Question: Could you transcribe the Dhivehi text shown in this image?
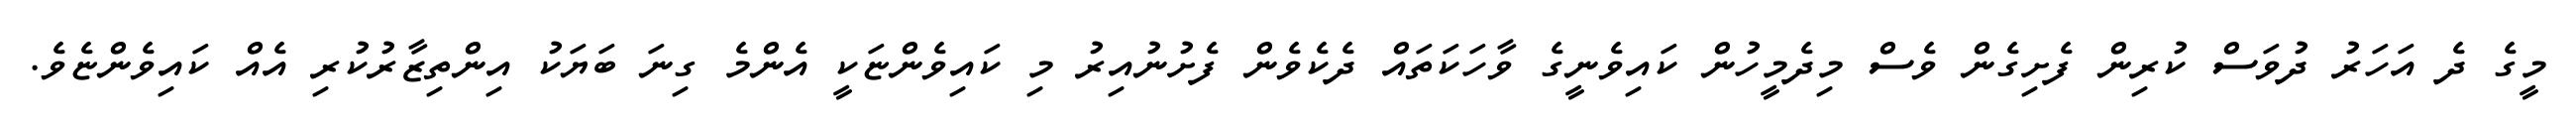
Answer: މީގެ ދެ އަހަރު ދުވަސް ކުރިން ފެށިގެން ވެސް މިދެމީހުން ކައިވެނީގެ ވާހަކަތައް ދެކެވެން ފެށުނުއިރު މި ކައިވެންޏަކީ އެންމެ ގިނަ ބަޔަކު އިންތިޒާރުކުރި އެއް ކައިވެންޏެވެ.